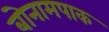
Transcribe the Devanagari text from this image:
बोनामपाक